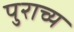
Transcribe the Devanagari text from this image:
पुराच्य